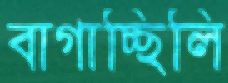
বাগাচ্ছিলি